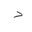
Letter: _dal